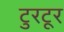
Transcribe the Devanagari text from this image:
टुरटूर